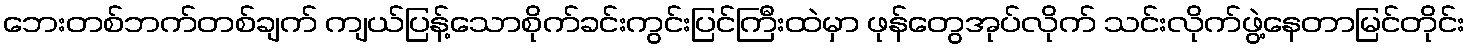
ဘေးတစ်ဘက်တစ်ချက် ကျယ်ပြန့်သောစိုက်ခင်းကွင်းပြင်ကြီးထဲမှာ ဖုန်တွေအုပ်လိုက် သင်းလိုက်ဖွဲ့နေတာမြင်တိုင်း